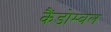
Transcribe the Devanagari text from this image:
कैंडोम्बल